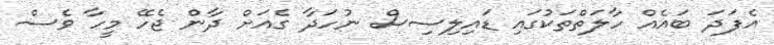
އެފަދަ ބައެއް ހާލަތްތަކުގައި ޑައިލިސިސް ނުހަދާ ގެއަށް ދާން ޖެހޭ މީހާ ވެސް